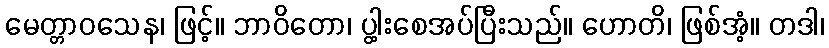
မေတ္တာဝသေန၊ ဖြင့်။ ဘာဝိတော၊ ပွါ့းစေအပ်ပြီးသည်။ ဟောတိ၊ ဖြစ်အံ့။ တဒါ၊